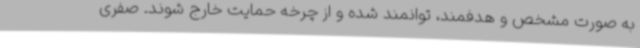
به ‌صورت مشخص و هدفمند، توانمند شده و از چرخه حمایت خارج شوند. صفری